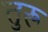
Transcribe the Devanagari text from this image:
तुरू